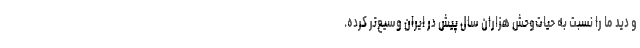
و دید ما را نسبت به حیات‌وحش هزاران سال پیش در ایران وسیع‌تر کرده.